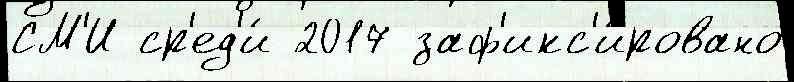
СМ'И ср'ед'и́ 2017 заф'икс'и́ровано